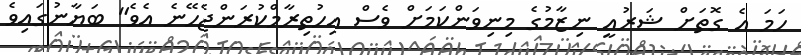
ހަމަ އެ ގޮތަށް ޝަރުއީ ނިޒާމުގެ މިނިވަންކަމަށް ވެސް އިހުތިރާމްކުރަންޖެހޭނެ އެވެ" ބަޔާނުގައިވެ